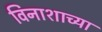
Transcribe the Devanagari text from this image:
विनाशाच्या